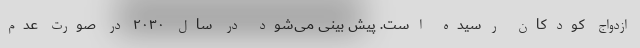
ازدواج کودکان رسیده است. پیش بینی می‌شود در سال ۲۰۳۰ در صورت عدم